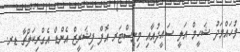
މުހައްމަދު ޝަހީމް އަލީ ސައީދުއާއި މިނިސްޓަރ އޮފް ފިޝަރީޒް އެންޑް އެގްރިކަލްޗާ ޑރ.